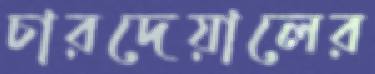
চারদেয়ালের